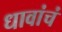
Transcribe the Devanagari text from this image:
धावांचं